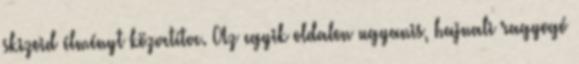
skizoid élményt közvetítve. Az egyik oldalon ugyanis, hajnali ragyogó